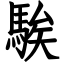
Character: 騃